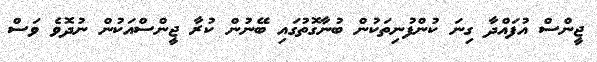
ޖީންސް އުފައްދާ ގިނަ ކުންފުނިތަކުން ބުނާގޮތުގައި ބޭނުން ކުރާ ޖީންސްއަކުން ނުދޮވެ ވަސް